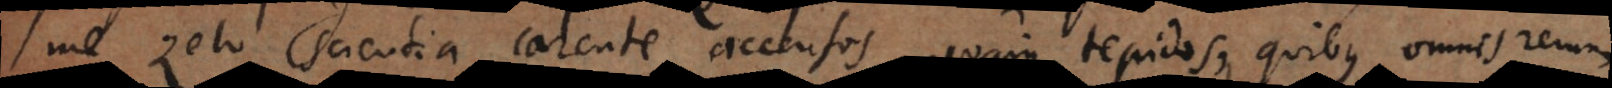
me zelo scientia carente accensos, quam tepidos, quibus omnis rerum